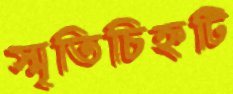
স্মৃতিচিহ্নটি